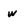
Character: w